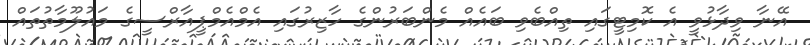
އޭނާ ވިދާޅުވީ އެ ކޮމިޓީގައި ތިއްބެވި ބައެއް މެންބަރުންގެ ހާޒިރުގައި އެމްއެމްޕީއާރްސީގެ މައުލޫމާތުތައް